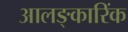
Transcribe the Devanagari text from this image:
आलङ्कारिंक